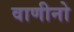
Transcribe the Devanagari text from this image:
वाणीनो